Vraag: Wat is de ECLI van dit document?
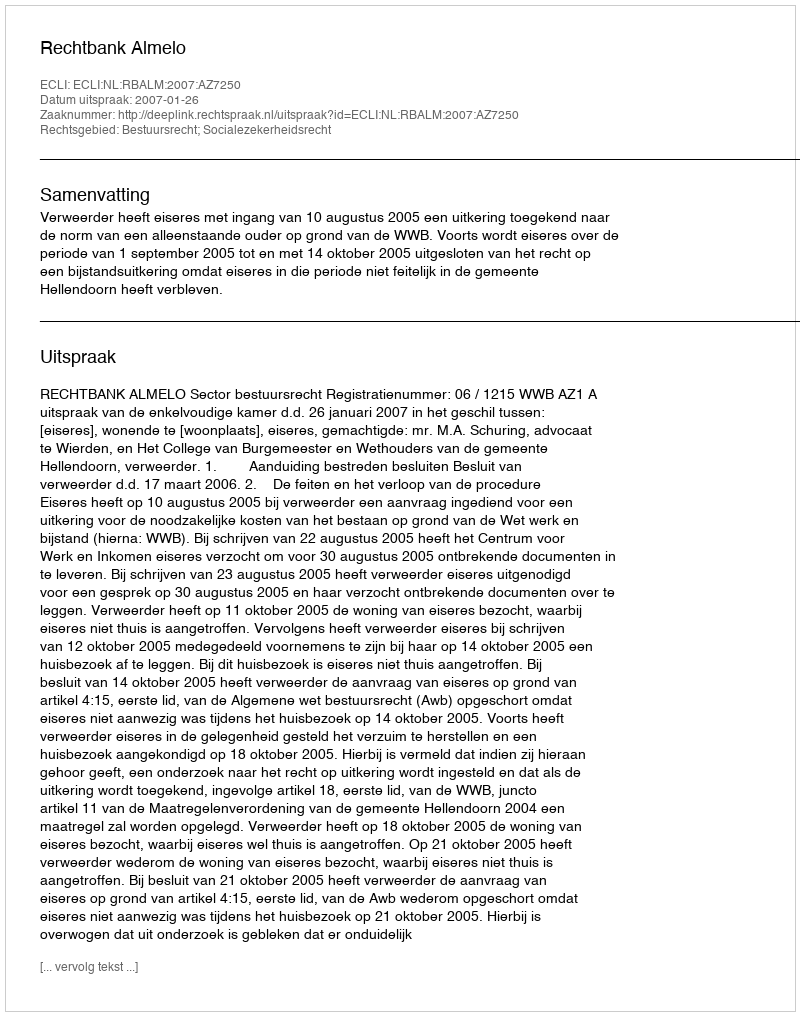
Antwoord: ECLI:NL:RBALM:2007:AZ7250